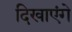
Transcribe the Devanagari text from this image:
दिखाएंगे